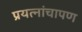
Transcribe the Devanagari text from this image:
प्रयत्नांचापण